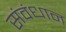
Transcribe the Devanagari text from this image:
संवंधान